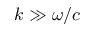
k \gg \omega / c